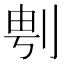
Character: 𱐚